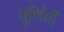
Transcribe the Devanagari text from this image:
पूर्णियाँ